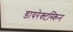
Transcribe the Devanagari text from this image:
डायरेक्टस्किन